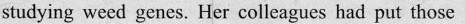
studying weed genes. Her colleagues had put those